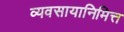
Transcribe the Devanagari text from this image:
व्यवसायानिमित्त